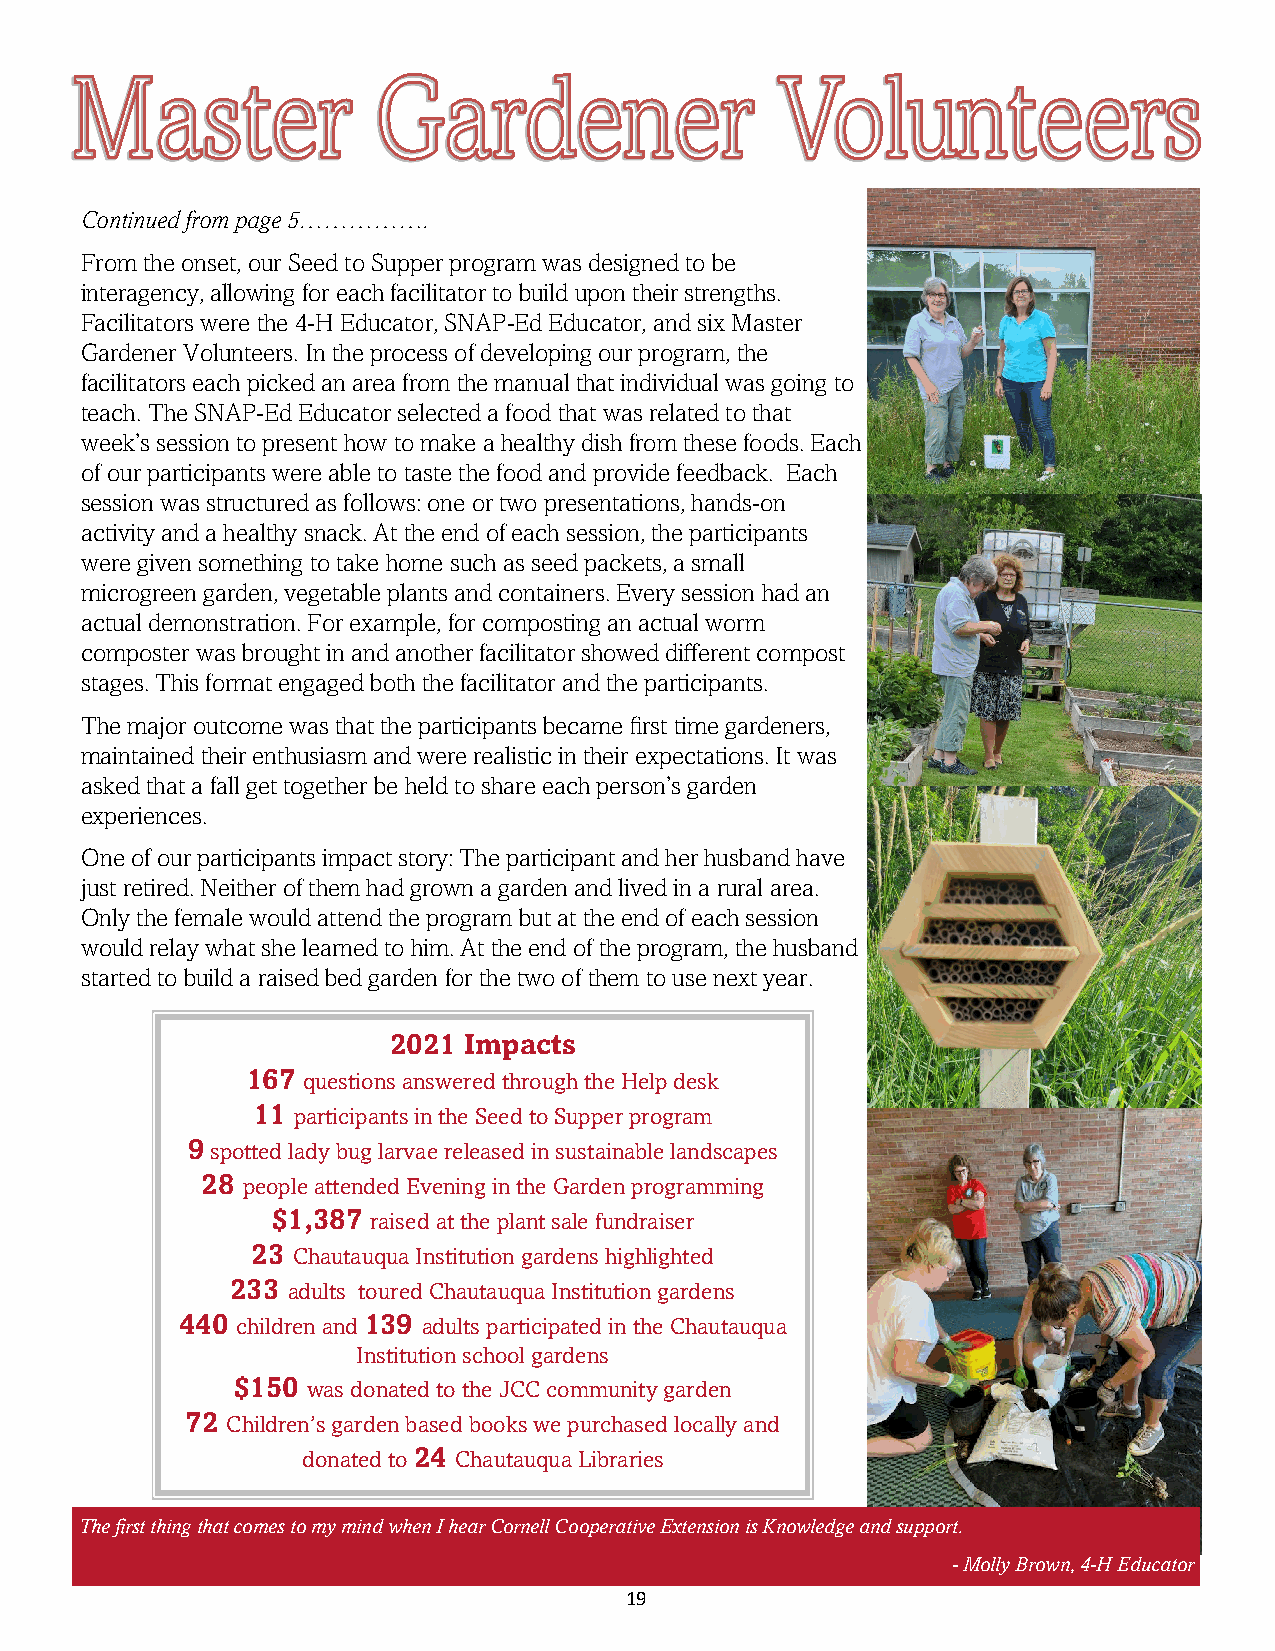
Continued from page 5…………….
 From the onset, our Seed to Supper program was designed to be
 interagency, allowing for each facilitator to build upon their strengths.
 Facilitators were the 4-H Educator, SNAP-Ed Educator, and six Master
 Gardener Volunteers. In the process of developing our program, the
 facilitators each picked an area from the manual that individual was going to
 teach. The SNAP-Ed Educator selected a food that was related to that
 week’s session to present how to make a healthy dish from these foods. Each
 of our participants were able to taste the food and provide feedback. Each
 session was structured as follows: one or two presentations, hands-on
 activity and a healthy snack. At the end of each session, the participants
 were given something to take home such as seed packets, a small
 microgreen garden, vegetable plants and containers. Every session had an
 actual demonstration. For example, for composting an actual worm
 composter was brought in and another facilitator showed different compost
 stages. This format engaged both the facilitator and the participants.
 The major outcome was that the participants became first time gardeners,
 maintained their enthusiasm and were realistic in their expectations. It was
 asked that a fall get together be held to share each person’s garden
 experiences.
 One of our participants impact story: The participant and her husband have
 just retired. Neither of them had grown a garden and lived in a rural area.
 Only the female would attend the program but at the end of each session
 would relay what she learned to him. At the end of the program, the husband
 started to build a raised bed garden for the two of them to use next year.
 2021 Impacts
 167 questions answered through the Help desk
 11 participants in the Seed to Supper program
 9 spotted lady bug larvae released in sustainable landscapes
 28 people attended Evening in the Garden programming
 $1,387 raised at the plant sale fundraiser
 23 Chautauqua Institution gardens highlighted
 233 adults toured Chautauqua Institution gardens
 440 children and 139 adults participated in the Chautauqua
 Institution school gardens
 $150 was donated to the JCC community garden
 72 Children’s garden based books we purchased locally and
 donated to 24 Chautauqua Libraries
 The first thing that comes to my mind when I hear Cornell Cooperative Extension is Knowledge and support.
 - Molly Brown, 4-H Educator
 19